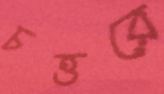
চত্তরে